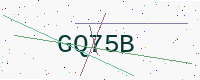
Text: GQ75B